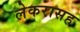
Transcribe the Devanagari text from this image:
लेकरासह